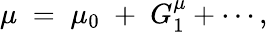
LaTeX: \mu\; =\; \mu_{0}\; +\; G_{1}^{\mu}+\cdots,